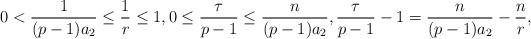
LaTeX: \begin{align*}0<\frac{1}{(p-1)a_2}\leq \frac1r\leq 1, 0\leq \frac{\tau}{p-1}\leq \frac{n}{(p-1)a_2}, \frac{\tau}{p-1}-1=\frac{n}{(p-1)a_2}-\frac{n}{r}, \end{align*}